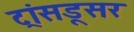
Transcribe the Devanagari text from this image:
ट्रांसडूसर